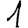
Digit: 1